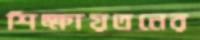
শিক্ষায়তনের